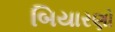
બિયારણો